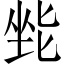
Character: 𫭿